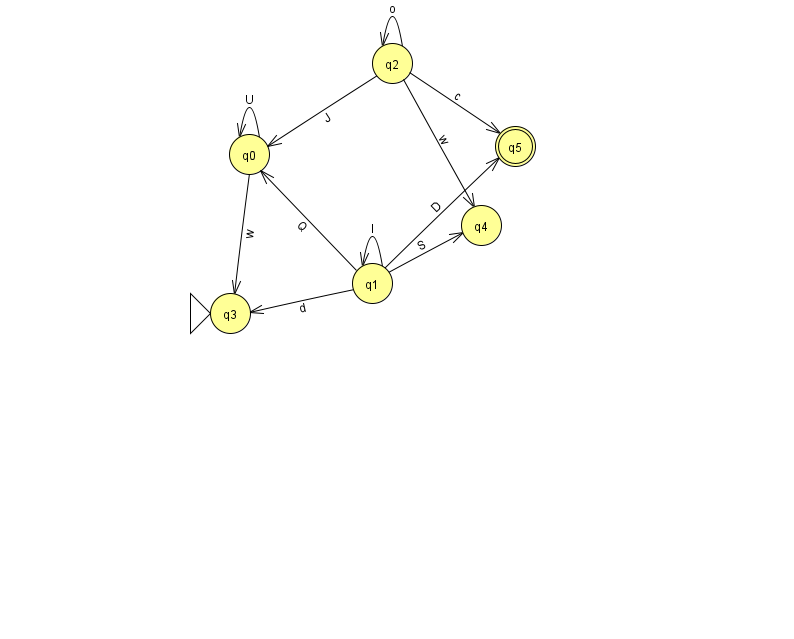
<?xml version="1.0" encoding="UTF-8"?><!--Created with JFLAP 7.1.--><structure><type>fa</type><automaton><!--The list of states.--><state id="0" name="q0"><x>249.0</x><y>141.0</y></state><state id="1" name="q1"><x>372.0</x><y>270.0</y></state><state id="2" name="q2"><x>392.0</x><y>50.0</y></state><state id="3" name="q3"><x>230.0</x><y>300.0</y><initial/></state><state id="4" name="q4"><x>481.0</x><y>212.0</y></state><state id="5" name="q5"><x>515.0</x><y>133.0</y><final/></state><!--The list of transitions.--><transition><from>2</from><to>4</to><read>w</read></transition><transition><from>1</from><to>4</to><read>S</read></transition><transition><from>0</from><to>0</to><read>U</read></transition><transition><from>1</from><to>0</to><read>Q</read></transition><transition><from>1</from><to>5</to><read>D</read></transition><transition><from>2</from><to>0</to><read>J</read></transition><transition><from>2</from><to>5</to><read>c</read></transition><transition><from>0</from><to>3</to><read>w</read></transition><transition><from>1</from><to>1</to><read>l</read></transition><transition><from>1</from><to>3</to><read>d</read></transition><transition><from>2</from><to>2</to><read>o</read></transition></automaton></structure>